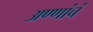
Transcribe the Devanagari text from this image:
अण्णांचं